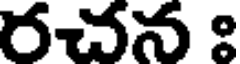
రచన ః